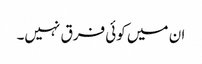
ان میں کوئی فرق نہیں۔